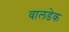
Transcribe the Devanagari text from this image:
वालडेक